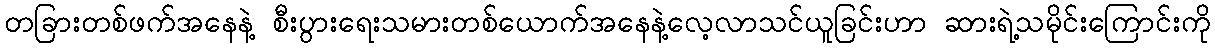
တခြားတစ်ဖက်အနေနဲ့ စီးပွားရေးသမားတစ်ယောက်အနေနဲ့လေ့လာသင်ယူခြင်းဟာ ဆားရဲ့သမိုင်းကြောင်းကို